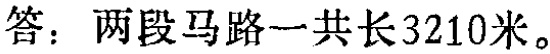
答：两段马路一共长3210米。